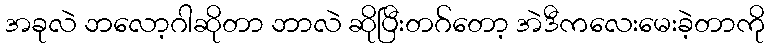
အခုလဲ ဘလော့ဂါဆိုတာ ဘာလဲ ဆိုပြီးတဂ်တော့ အဲဒီကလေးမေးခဲ့တာကို